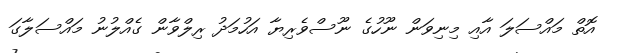
އޮތް މައްސަލަ އާއި މިނިވަން ނޫހުގެ ނޫސްވެރިޔާ އަހުމަދު ރިލްވާން ގެއްލުނު މައްސަލާގަ